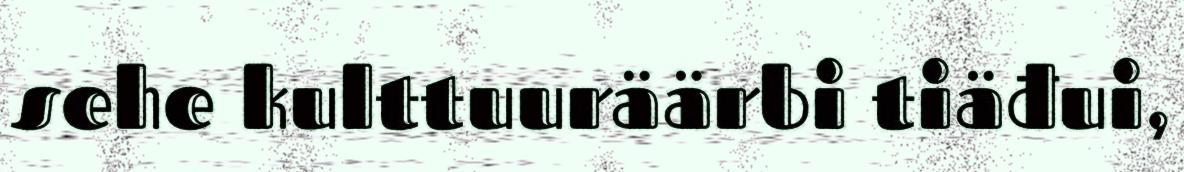
sehe kulttuuräärbi tiäđui,